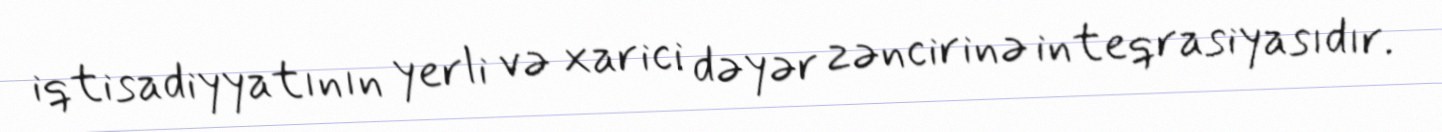
iqtisadiyyatının yerli və xarici dəyər zəncirinə inteqrasiyasıdır.